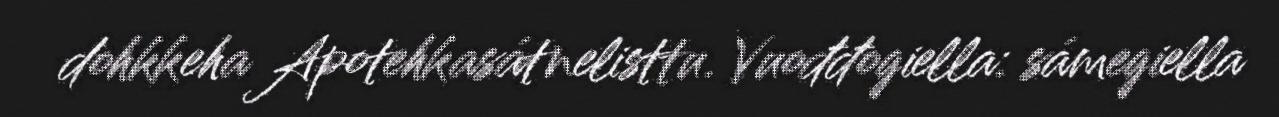
dohkkeha Apotehkasátnelisttu. Vuođđogiella: sámegiella